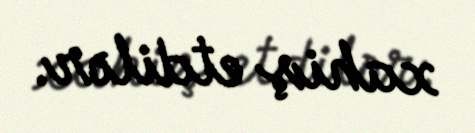
xahiş etdilər.